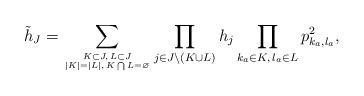
\begin{gather*}{\tilde h}_{J}=\sum_{K \subset J,\, L \subset J \atop |K|= |L|,\, K \bigcap L = \varnothing} \prod_{j \in J {\setminus} (K \cup L)} h_{j} \prod_{k_a \in K, \, l_a \in L} p_{k_a,l_a}^2, \end{gather*}